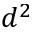
d ^ { 2 }